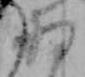
将